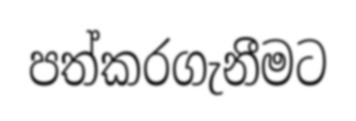
පත්කරගැනීමට